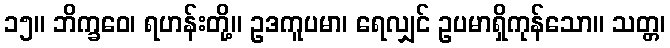
၁၅။ ဘိက္ခဝေ၊ ရဟန်းတို့။ ဥဒကူပမာ၊ ရေလျှင် ဥပမာရှိကုန်သော။ သတ္တ၊